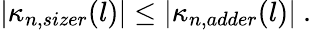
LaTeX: |\kappa_{n,sizer}(l)|\leq|\kappa_{n,adder}(l)|\ .